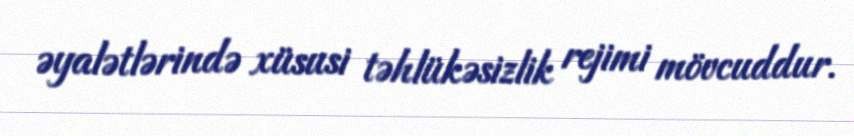
əyalətlərində xüsusi təhlükəsizlik rejimi mövcuddur.